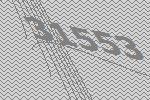
31553